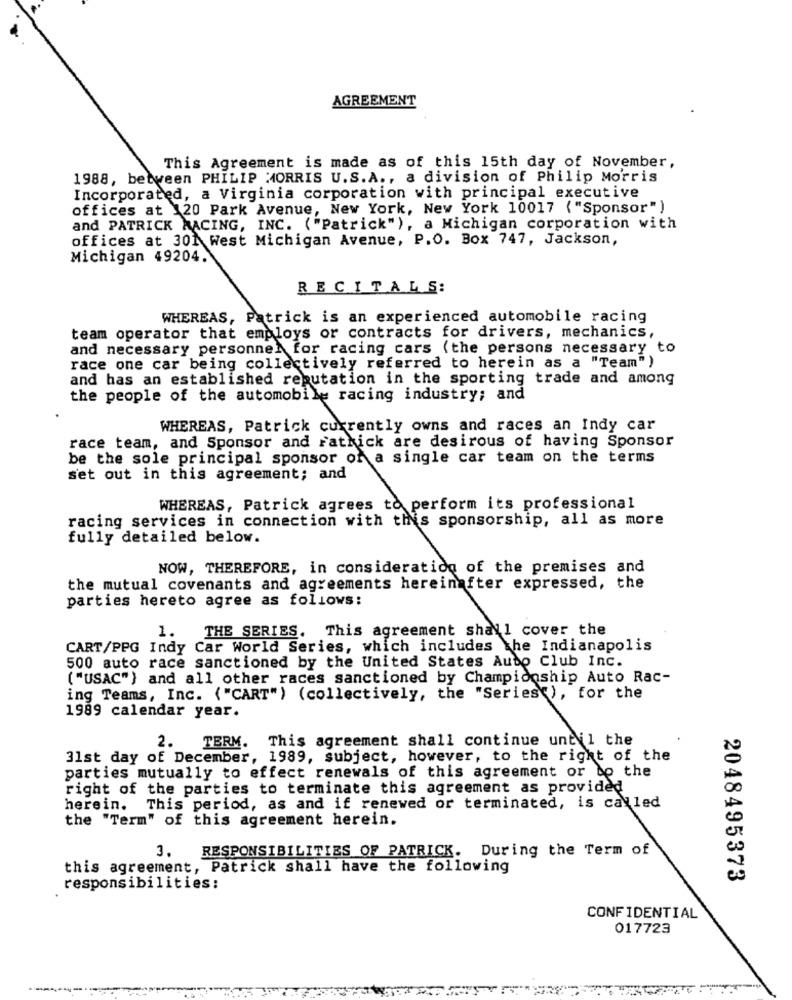
AGREEMENT
This Agreement is made as of this 15th day of November,
1988, between PHILIP MORRIS U.S.A ., a division of Philip Morris
Incorporated, a Virginia corporation with principal executive
offices at 120 Park Avenue, New York, New York 10017 ("Sponsor" )
and PATRICK RACING, INC. ("Patrick" ), a Michigan corporation with
offices at 301 West Michigan Avenue, P.O. Box 747, Jackson,
Michigan 49204.
RECITALS:
WHEREAS, Patrick is an experienced automobile racing
team operator that employs or contracts for drivers, mechanics,
and necessary personnel for racing cars (the persons necessary to
race one car being collectively referred to herein as a "Team")
and has an established reputation in the sporting trade and among
the people of the automobile racing industry; and
WHEREAS, Patrick currently owns and races an Indy car
race team, and Sponsor and ratkick are desirous of having Sponsor
be the sole principal sponsor of a single car team on the terms
set out in this agreement; and
WHEREAS, Patrick agrees to perform its professional
racing services in connection with this sponsorship, all as more
fully detailed below.
NOW, THEREFORE, in consideration of the premises and
the mutual covenants and agreements hereinafter expressed, the
parties hereto agree as follows:
1.
THE SERIES. This agreement shall cover the
CART/PPG Indy Car World Series, which includes the Indianapolis
500 auto race sanctioned by the United States Auto Club Inc.
( "USAC") and all other races sanctioned by Championship Auto Rac-
ing Teams, Inc. ( "CART" ) (collectively, the "Series ), for the
1989 calendar year.
2.
TERM. This agreement shall continue until the
31st day of December, 1989, subject, however, to the right of the
parties mutually to effect renewals of this agreement or bo the
right of the parties to terminate this agreement as provided
herein. This period, as and if renewed or terminated, is called
the "Term" of this agreement herein.
3.
RESPONSIBILITIES OF PATRICK. During the Term of
this agreement, Patrick shall have the following
2048495373
responsibilities:
CONFIDENTIAL
017723